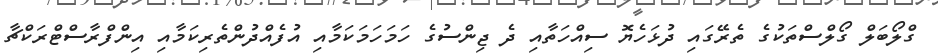
ގްލޯބަލް ގޯލްސްތަކުގެ ތެރޭގައި ދުޅަހެޔޮ ސިއްހަތާއި ދެ ޖިންސުގެ ހަމަހަމަކަމާއި އުފެއްދުންތެރިކަމާއި އިންފްރާސްޓްރަކްޗާ